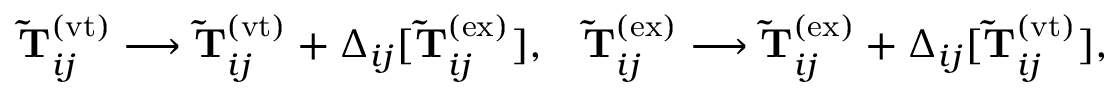
\begin{array} { r l } { \mathbf { \widetilde { T } } _ { i j } ^ { ( \mathrm { v t } ) } \longrightarrow \mathbf { \widetilde { T } } _ { i j } ^ { ( \mathrm { v t } ) } + \Delta _ { i j } [ \mathbf { \widetilde { T } } _ { i j } ^ { ( \mathrm { e x } ) } ] , } & { { } \mathbf { \widetilde { T } } _ { i j } ^ { ( \mathrm { e x } ) } \longrightarrow \mathbf { \widetilde { T } } _ { i j } ^ { ( \mathrm { e x } ) } + \Delta _ { i j } [ \mathbf { \widetilde { T } } _ { i j } ^ { ( \mathrm { v t } ) } ] , } \end{array}